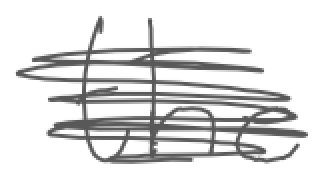
Text: the
Cross-out: scratch
Writing tool: digital_gray